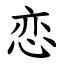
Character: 恋